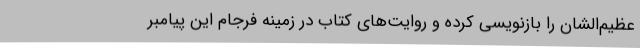
عظیم‌الشان را بازنویسی کرده و روایت‌های کتاب در زمینه فرجام این پیامبر